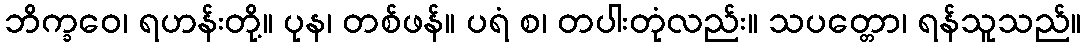
ဘိက္ခဝေ၊ ရဟန်းတို့။ ပုန၊ တစ်ဖန်။ ပရံ စ၊ တပါးတုံလည်း။ သပတ္တော၊ ရန်သူသည်။